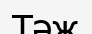
Тәж